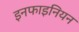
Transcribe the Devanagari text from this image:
इनफाइनियन